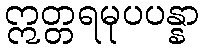
ဣတ္တရမုပပန္နာ